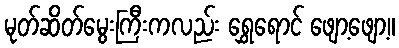
မုတ်ဆိတ်မွေးကြီးကလည်း ရွှေရောင် ဖျော့ဖျော့။